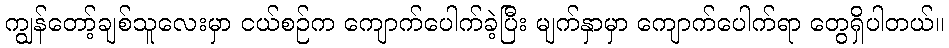
ကျွန်တော့်ချစ်သူလေးမှာ ငယ်စဉ်က ကျောက်ပေါက်ခဲ့ပြီး မျက်နှာမှာ ကျောက်ပေါက်ရာ တွေရှိပါတယ်။